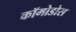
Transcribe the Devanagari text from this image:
कॉमोडोस